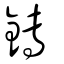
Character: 鏄